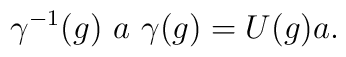
\gamma^{-1}(g)~ a ~\gamma(g) = U(g) a .